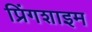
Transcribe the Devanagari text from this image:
प्रिंगशाइम